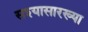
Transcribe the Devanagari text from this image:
सश्यासारख्या